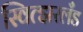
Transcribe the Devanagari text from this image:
स्वित्झरलँड